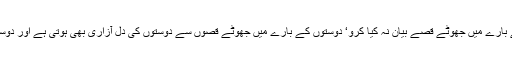
ہمارے رسولؐ دوستوں کو بہت اہمیت دیا کرتے تھے لہٰذا آپؐ نے فرمایا دوستوں کے بارے میں جھوٹے قصے بیان نہ کیا کرو‘ دوستوں کے بارے میں جھوٹے قصوں سے دوستوں کی دل آزاری بھی ہوتی ہے اور دوست بدنام بھی ہوتے ہیں چنانچہ اس عادت بد سے پرہیز دوستی کے لیے بہت اہم ہے۔